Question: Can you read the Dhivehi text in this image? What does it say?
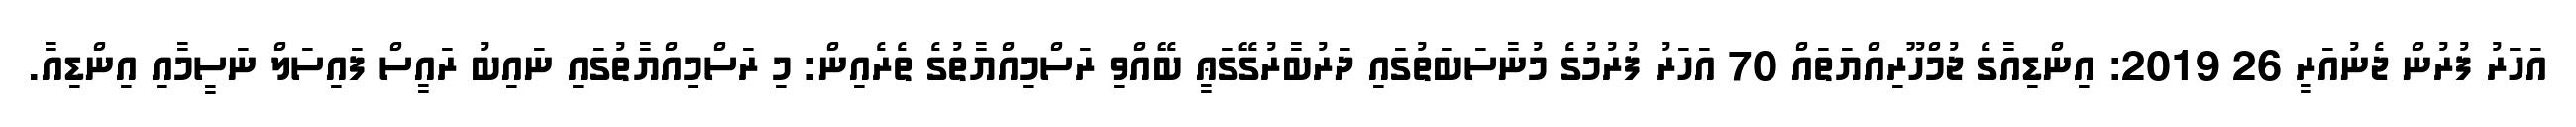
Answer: އަހަރު ފުރުން ޖެނުއަރީ 26 2019: އިންޑިއާގެ ޖުމްހޫރިއްޔަތައް 70 އަހަރު ފުރުމުގެ މުނާސަބަތުގައި ދަރުބާރުގޭގަޢީ ބޭއްވި ރަސްމިއްޔާތުގެ ތެރެއިން: މި ރަސްމިއްޔާތުގައި ނައިބު ރައީސް ފައިސަލް ނަސީމާއި އިންޑިއާ.